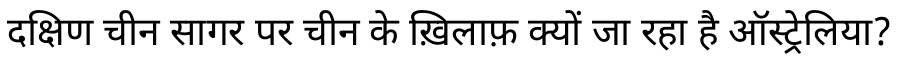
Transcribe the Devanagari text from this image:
दक्षिण चीन सागर पर चीन के ख़िलाफ़ क्यों जा रहा है ऑस्ट्रेलिया?